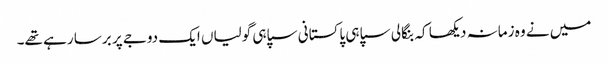
میں نے وہ زمانہ دیکھا کہ بنگالی سپاہی پاکستانی سپاہی گولیاں ایک دوجے پر برسا رہے تھے۔